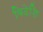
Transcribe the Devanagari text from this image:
विदेशि